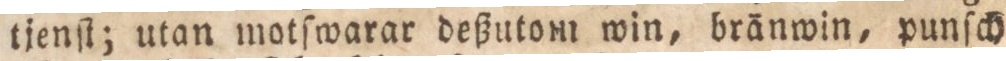
tjenſt; utan motſwarar deßutomi win, bränwin, punſch